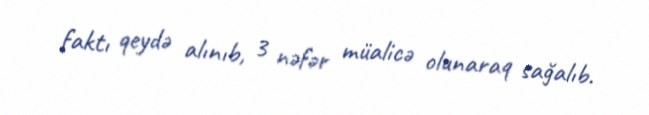
faktı qeydə alınıb, 3 nəfər müalicə olunaraq sağalıb.